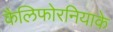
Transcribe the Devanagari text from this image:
कैलिफोरनियाके